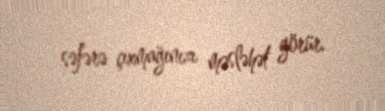
səfərə çıxmağınızı məsləhət görür.